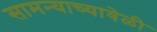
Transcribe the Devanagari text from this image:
सामन्याच्यावेळी